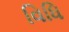
વિધિ